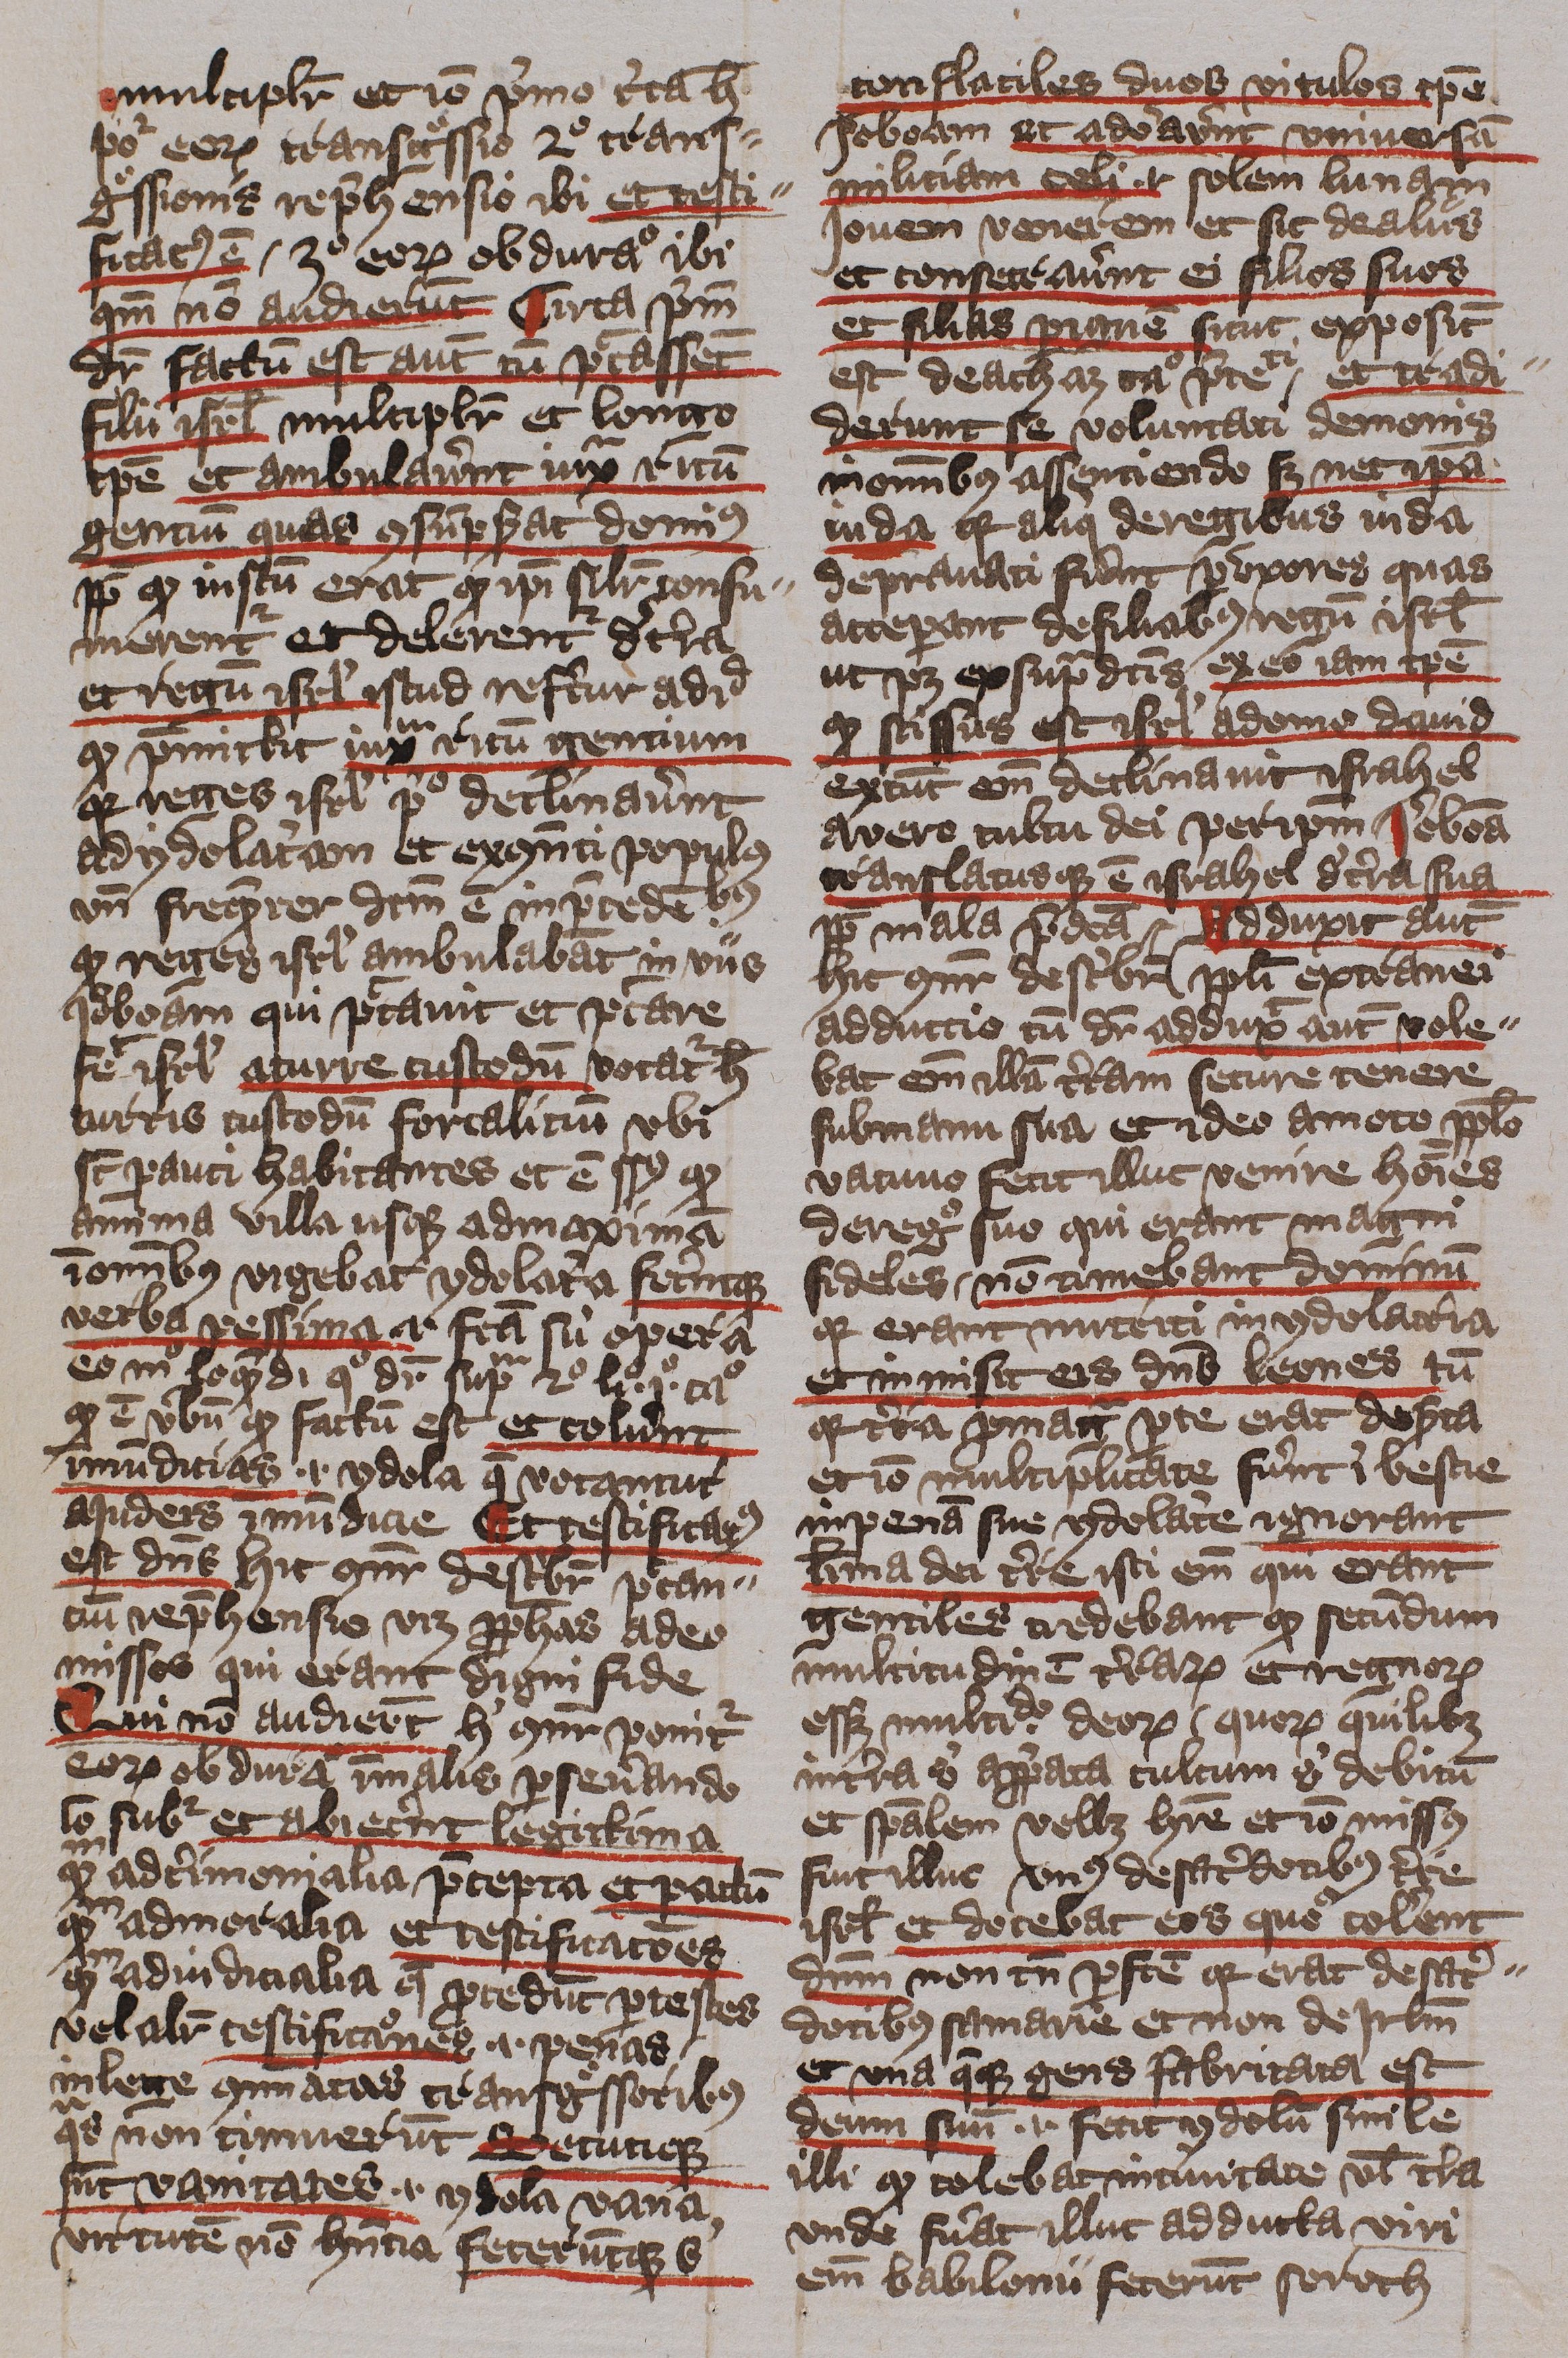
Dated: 1400–1401